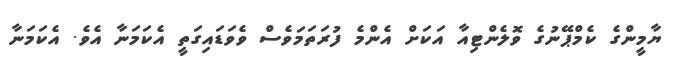
ޔާމީންގެ ކެމްޕޭނުގެ ވޮލެންޓިއާ އަކަށް އެންމެ ފުރަތަމަވެސް ވެވަޑައިގަތީ އެކަމަނާ އެވެ. އެކަމަނާ